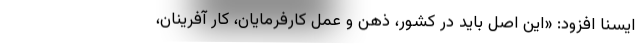
ایسنا افزود: «این اصل باید در کشور، ذهن و عمل کارفرمایان، کار آفرینان،